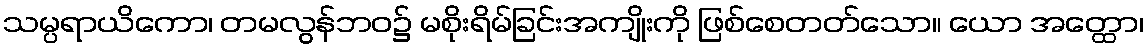
သမ္ပရာယိကော၊ တမလွန်ဘဝ၌ မစိုးရိမ်ခြင်းအကျိုးကို ဖြစ်စေတတ်သော။ ယော အတ္ထော၊